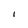
Character: I